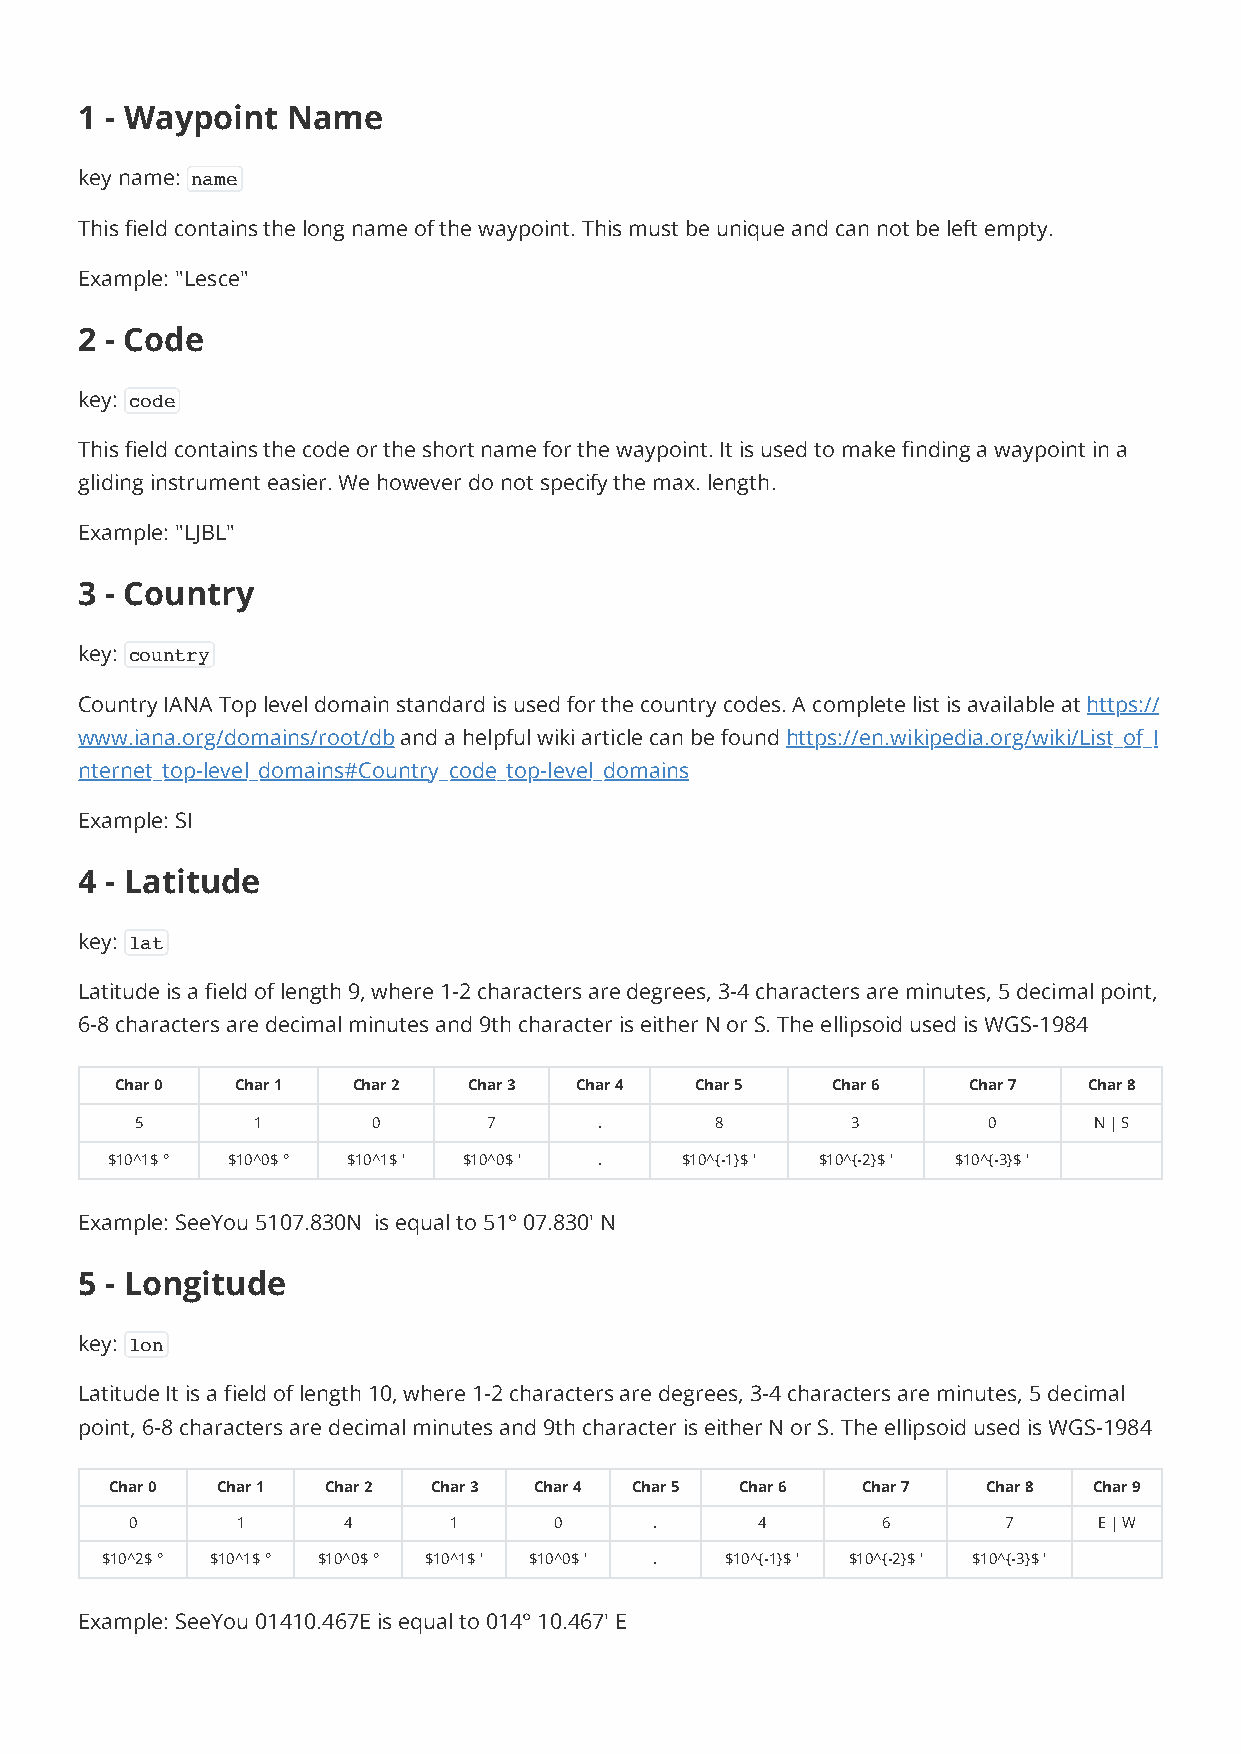
1 - Waypoint  Name
 key name: name
 This field contains the long name of the waypoint. This must be unique and can not be left empty.
 Example: "Lesce"
 2 - Code
 key: code
 This field contains the code or the short name for the waypoint. It is used to make finding a waypoint in a
 gliding instrument easier. We however do not specify the max. length.
 Example: "LJBL"
 3 - Country
 key: country
 Country IANA Top level domain standard is used for the country codes. A complete list is available at https://
 www.iana.org/domains/root/db and a helpful wiki article can be found https://en.wikipedia.org/wiki/List_of_I
 nternet_top-level_domains#Country_code_top-level_domains
 Example: SI
 4 - Latitude
 key: lat
 Latitude is a field of length 9, where 1-2 characters are degrees, 3-4 characters are minutes, 5 decimal point,
 6-8 characters are decimal minutes and 9th character is either N or S. The ellipsoid used is WGS-1984
 Char 0  Char 1 Char 2  Char 3 Char 4  Char 5   Char 6   Char 7  Char 8
 5       1       0      7       .      8        3        0      N | S
 $10^1$ ° $10^0$ ° $10^1$ ' $10^0$ ' . $10^{-1}$ ' $10^{-2}$ ' $10^{-3}$ '
 Example: SeeYou 5107.830N is equal to 51° 07.830' N
 5 - Longitude
 key: lon
 Latitude It is a field of length 10, where 1-2 characters are degrees, 3-4 characters are minutes, 5 decimal
 point, 6-8 characters are decimal minutes and 9th character is either N or S. The ellipsoid used is WGS-1984
 Char 0 Char 1 Char 2 Char 3 Char 4 Char 5 Char 6  Char 7  Char 8 Char 9
 0      1      4      1      0     .      4       6        7     E | W
 $10^2$ ° $10^1$ ° $10^0$ ° $10^1$ ' $10^0$ ' . $10^{-1}$ ' $10^{-2}$ ' $10^{-3}$ '
 Example: SeeYou 01410.467E is equal to 014° 10.467' E